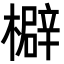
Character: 檘